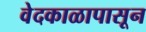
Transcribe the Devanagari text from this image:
वेदकाळापासून